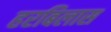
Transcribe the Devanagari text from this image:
हरबिलास